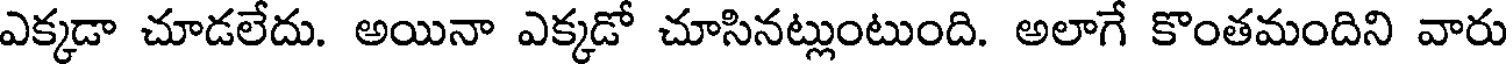
ఎక్కడా చూడలేదు. అయినా ఎక్కడో చూసినట్లుంటుంది. అలాగే కొంతమందిని వారు